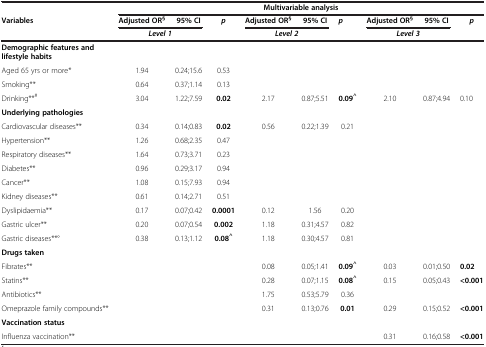
<table><thead><tr><td><b> </b></td><td colspan="9"><b>Multivariable analysis</b></td></tr><tr><td><b>Variables</b></td><td><b>Adjusted OR<sup>§</sup></b></td><td><b>95% CI</b></td><td><b><i>p</i></b></td><td><b>Adjusted OR<sup>§</sup></b></td><td><b>95% CI</b></td><td><b><i>p</i></b></td><td><b>Adjusted OR<sup>§</sup></b></td><td><b>95% CI</b></td><td><b><i>p</i></b></td></tr><tr><td><b> </b></td><td colspan="2"><b><i>Level 1</i></b></td><td><b> </b></td><td colspan="2"><b><i>Level 2</i></b></td><td><b> </b></td><td colspan="2"><b><i>Level 3</i></b></td><td><b> </b></td></tr></thead><tbody><tr><td><b>Demographic features and lifestyle habits</b></td><td> </td><td> </td><td> </td><td> </td><td> </td><td> </td><td> </td><td> </td><td> </td></tr><tr><td>Aged 65 yrs or more*</td><td>1.94</td><td>0.24;15.6</td><td>0.53</td><td> </td><td> </td><td> </td><td> </td><td> </td><td> </td></tr><tr><td>Smoking**</td><td>0.64</td><td>0.37;1.14</td><td>0.13</td><td> </td><td> </td><td> </td><td> </td><td> </td><td> </td></tr><tr><td>Drinking**<sup>#</sup></td><td>3.04</td><td>1.22;7.59</td><td><b>0.02</b></td><td>2.17</td><td> </td><td> </td><td> </td><td> </td><td>0.87;5.51</td><td><b>0.09</b><sup><b>^</b></sup></td><td>2.10</td><td>0.87;4.94</td><td>0.10</td></tr><tr><td><b>Underlying pathologies</b></td><td> </td><td> </td><td> </td><td> </td><td> </td><td> </td><td> </td><td> </td><td> </td><td> </td><td> </td><td> </td><td> </td></tr><tr><td>Cardiovascular diseases**</td><td>0.34</td><td>0.14;0.83</td><td><b>0.02</b></td><td>0.56</td><td>0.22;1.39</td><td>0.21</td><td> </td><td> </td><td> </td><td> </td><td> </td><td> </td><td> </td></tr><tr><td>Hypertension**</td><td>1.26</td><td>0.68;2.35</td><td>0.47</td><td> </td><td> </td><td> </td><td> </td><td> </td><td> </td><td> </td><td> </td><td> </td><td> </td></tr><tr><td>Respiratory diseases**</td><td>1.64</td><td>0.73;3.71</td><td>0.23</td><td> </td><td> </td><td> </td><td> </td><td> </td><td> </td><td> </td><td> </td><td> </td><td> </td></tr><tr><td>Diabetes**</td><td>0.96</td><td>0.29;3.17</td><td>0.94</td><td> </td><td> </td><td> </td><td> </td><td> </td><td> </td><td> </td><td> </td><td> </td><td> </td></tr><tr><td>Cancer**</td><td>1.08</td><td>0.15;7.93</td><td>0.94</td><td> </td><td> </td><td> </td><td> </td><td> </td><td> </td><td> </td><td> </td><td> </td><td> </td></tr><tr><td>Kidney diseases**</td><td>0.61</td><td>0.14;2.71</td><td>0.51</td><td> </td><td> </td><td> </td><td> </td><td> </td><td> </td><td> </td><td> </td><td> </td><td> </td></tr><tr><td>Dyslipidaemia**</td><td>0.17</td><td>0.07;0.42</td><td><b>0.0001</b></td><td>0.12</td><td>1.56</td><td>0.20</td><td> </td><td> </td><td> </td><td> </td><td> </td><td> </td><td> </td></tr><tr><td>Gastric ulcer**</td><td>0.20</td><td>0.07;0.54</td><td><b>0.002</b></td><td>1.18</td><td>0.31;4.57</td><td>0.82</td><td> </td><td> </td><td> </td><td> </td><td> </td><td> </td><td> </td></tr><tr><td>Gastric diseases**°</td><td>0.38</td><td>0.13;1.12</td><td><b>0.08</b><sup><b>^</b></sup></td><td>1.18</td><td>0.30;4.57</td><td>0.81</td><td> </td><td> </td><td> </td><td> </td><td> </td><td> </td><td> </td></tr><tr><td><b>Drugs taken</b></td><td> </td><td> </td><td> </td><td> </td><td> </td><td> </td><td> </td><td> </td><td> </td><td> </td><td> </td><td> </td><td> </td></tr><tr><td>Fibrates**</td><td> </td><td> </td><td> </td><td>0.08</td><td>0.05;1.41</td><td><b>0.09</b><sup><b>^</b></sup></td><td>0.03</td><td>0.01;0.50</td><td><b>0.02</b></td><td> </td><td> </td><td> </td><td> </td></tr><tr><td>Statins**</td><td> </td><td> </td><td> </td><td>0.28</td><td>0.07;1.15</td><td><b>0.08</b><sup><b>^</b></sup></td><td>0.15</td><td>0.05;0.43</td><td><b>&lt;0.001</b></td><td> </td><td> </td><td> </td><td> </td></tr><tr><td>Antibiotics**</td><td> </td><td> </td><td> </td><td>1.75</td><td>0.53;5.79</td><td>0.36</td><td> </td><td> </td><td> </td><td> </td><td> </td><td> </td><td> </td></tr><tr><td>Omeprazole family compounds**</td><td> </td><td> </td><td> </td><td>0.31</td><td>0.13;0.76</td><td><b>0.01</b></td><td>0.29</td><td>0.15;0.52</td><td><b>&lt;0.001</b></td><td> </td><td> </td><td> </td><td> </td></tr><tr><td><b>Vaccination status</b></td><td> </td><td> </td><td> </td><td> </td><td> </td><td> </td><td> </td><td> </td><td> </td><td> </td><td> </td><td> </td><td> </td></tr><tr><td>Influenza vaccination**</td><td> </td><td> </td><td> </td><td> </td><td> </td><td> </td><td>0.31</td><td>0.16;0.58</td><td><b>&lt;0.001</b></td><td> </td><td> </td><td> </td><td> </td></tr></tbody></table>